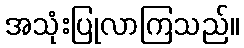
အသုံးပြုလာကြသည်။